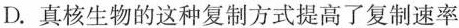
D.真核生物的这种复制方式提高了复制速率